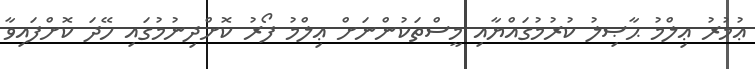
ޢުމުރު ޢިލްމު ޙާޞިލު ކުރުމުގައްޔާއި މީސްތަކުންނަށް ޢިލްމު ފޯރު ކޮށްދިނުމުގައި ހޭދަ ކޮށްފައިވާ